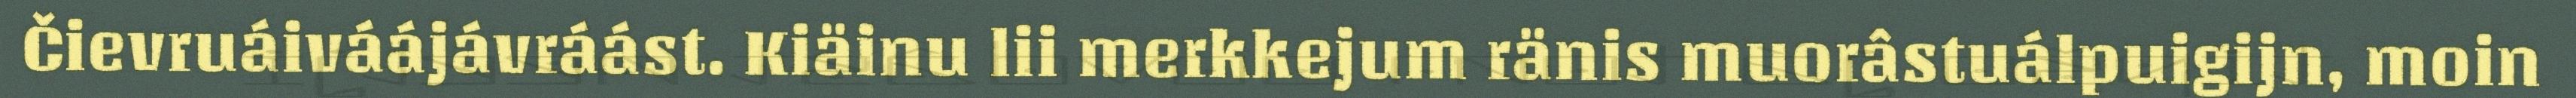
Čievruáiváájávráást. Kiäinu lii merkkejum ränis muorâstuálpuigijn, moin